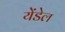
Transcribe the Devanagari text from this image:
येंडेल